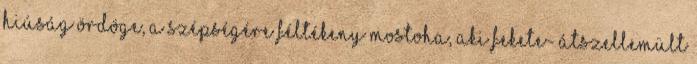
Hiúság Ördöge, a szépségére féltékeny mostoha, aki fekete- átszellemült